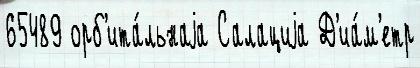
65489 орб'ита́льнаjа Салациjа Д'иа́м'етр